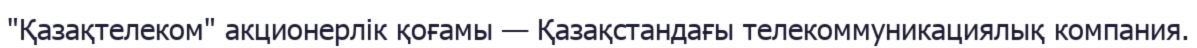
"Қазақтелеком" акционерлік қоғамы — Қазақстандағы телекоммуникациялық компания.